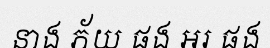
នាង ភ័យ ផង អរ ផង